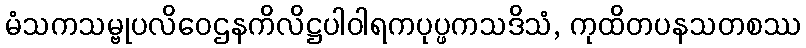
မံသကသမ္ဗုပလိဝေဌနကိလိဋ္ဌပါဝါရကပုပ္ဖကသဒိသံ, ကုထိတပနသတစဿ